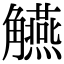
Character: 觾